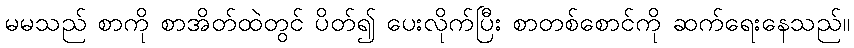
မမသည် စာကို စာအိတ်ထဲတွင် ပိတ်၍ ပေးလိုက်ပြီး စာတစ်စောင်ကို ဆက်ရေးနေသည်။